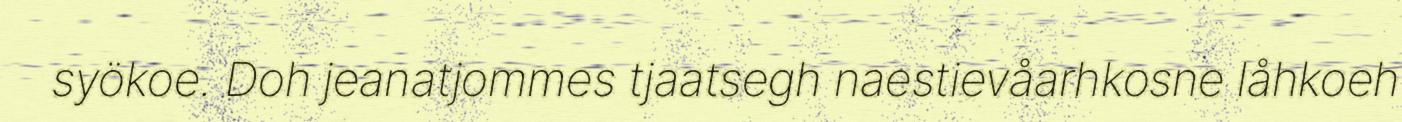
syökoe. Doh jeanatjommes tjaatsegh naestievåarhkosne låhkoeh